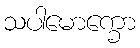
သပါမောက္ခော